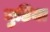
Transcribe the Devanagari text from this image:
चुडिया